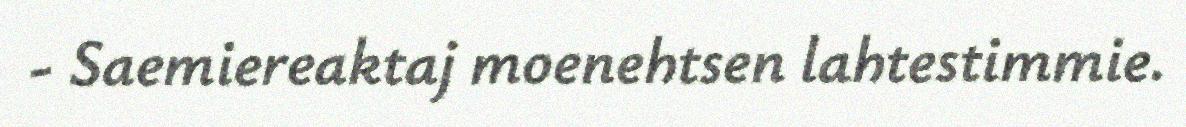
- Saemiereaktaj moenehtsen lahtestimmie.